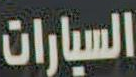
السيارات